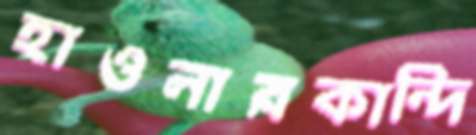
হাওলারকান্দি